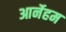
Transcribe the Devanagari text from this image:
आर्नेहम